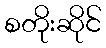
စတိုးဆိုင်